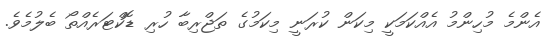
އެންމެ މުހިންމު އެއްކަމަކީ މިކަން ކުރަނީ މިކަމުގެ ތަޖްރިބާ ހުރި ޑޮކްޓަރެއްތޯ ބެލުމެވެ.